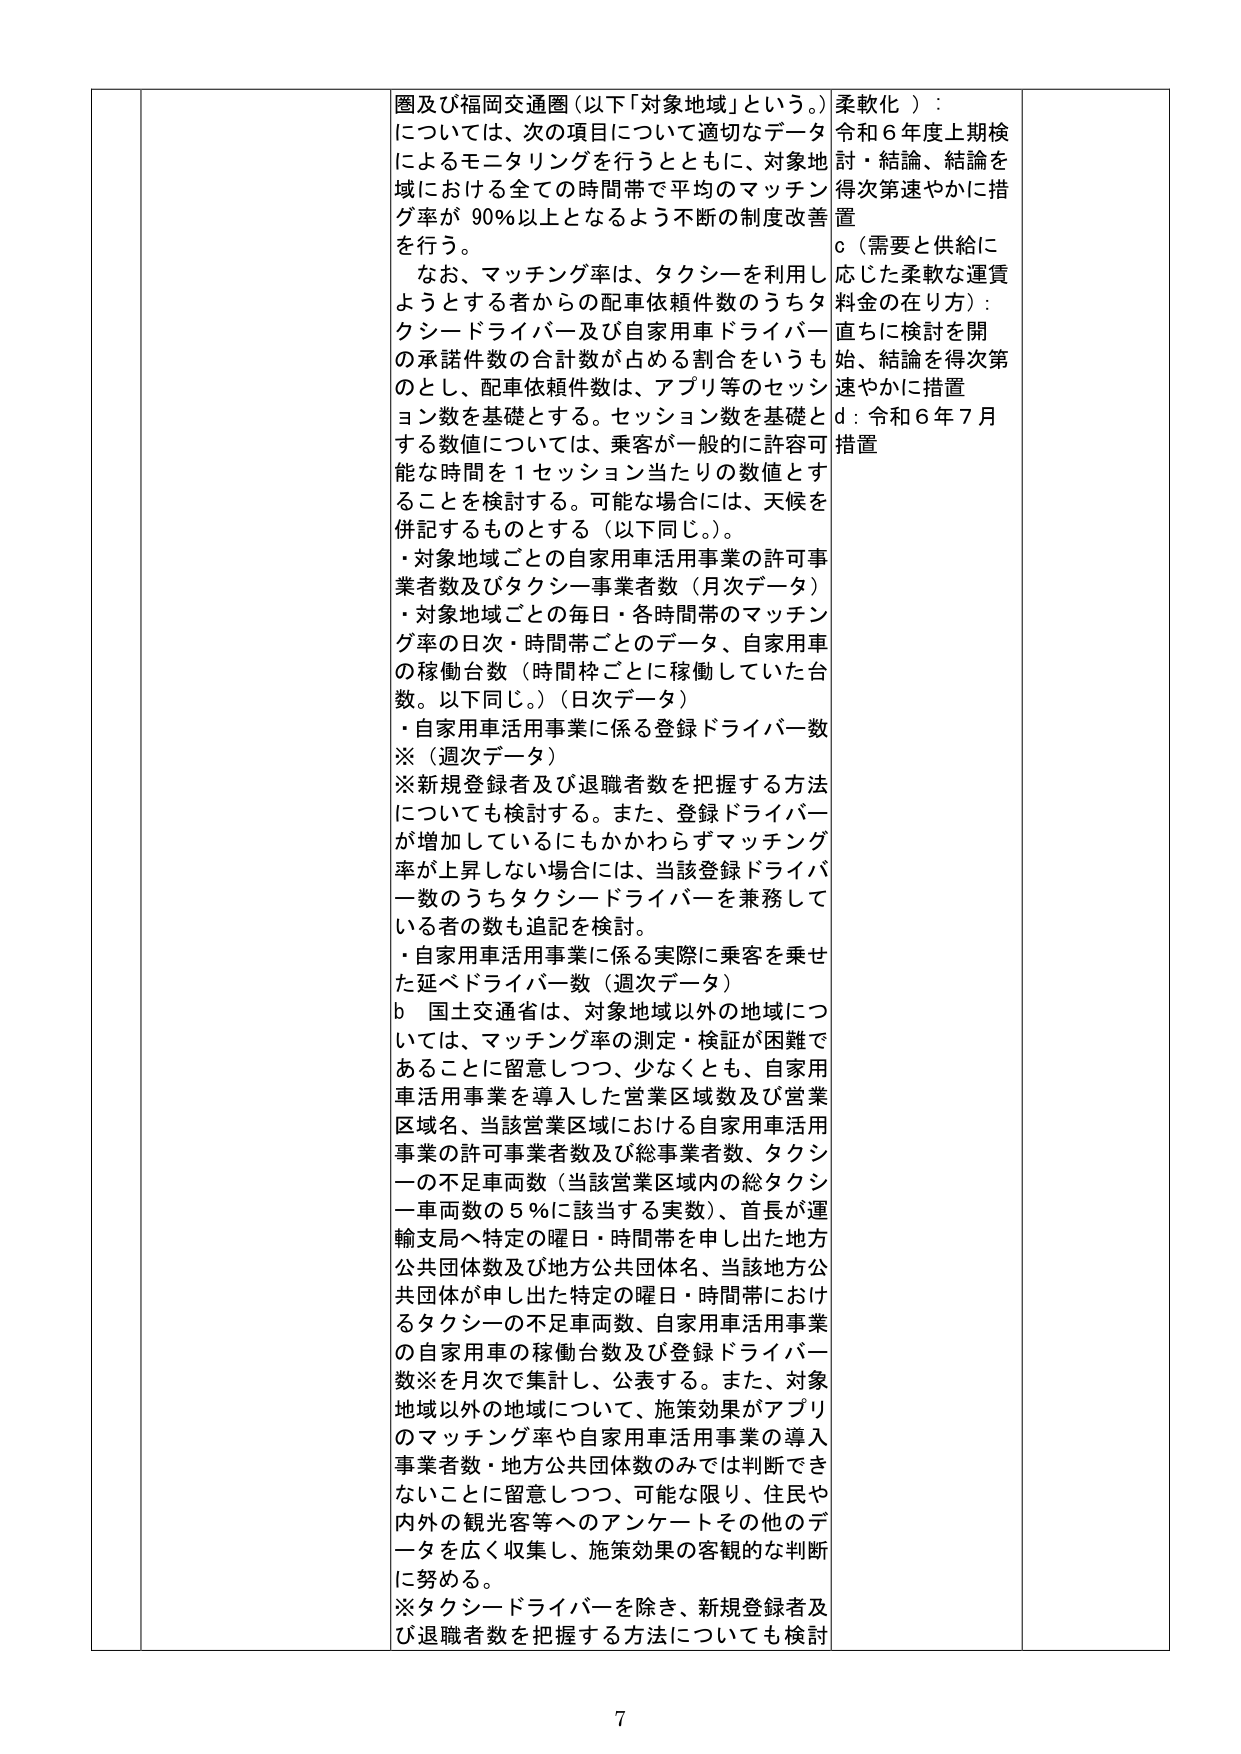
圏及び福岡交通圏（以下「対象地域」という。）については、次の項目について適切なデータによるモニタリングを行うとともに、対象地域における全ての時間帯で平均のマッチング率が 90％以上となるよう不断の制度改善を行う。

なお、マッチング率は、タクシーを利用しようとする者からの配車依頼件数のうちタクシードライバー及び自家用車ドライバーの承諾件数の合計数が占める割合をいうものとし、配車依頼件数は、アプリ等のセッション数を基礎とする。セッション数を基礎とする数値については、乗客が一般的に許容可能な時間を１セッション当たりの数値とすることを検討する。可能な場合には、天候を併記するものとする（以下同じ。）。

・対象地域ごとの自家用車活用事業の許可事業者数及びタクシー事業者数（月次データ）
・対象地域ごとの毎日・各時間帯のマッチング率の日次・時間帯ごとのデータ、自家用車の稼働台数（時間枠ごとに稼働していた台数。以下同じ。）（日次データ）
・自家用車活用事業に係る登録ドライバー数※（週次データ）
※新規登録者及び退職者数を把握する方法についても検討する。また、登録ドライバーが増加しているにもかかわらずマッチング率が上昇しない場合には、当該登録ドライバー数のうちタクシードライバーを兼務している者の数も追記を検討。
・自家用車活用事業に係る実際に乗客を乗せた延べドライバー数（週次データ）

b 国土交通省は、対象地域以外の地域については、マッチング率の測定・検証が困難であることに留意しつつ、少なくとも、自家用車活用事業を導入した営業区域数及び営業区域名、当該営業区域における自家用車活用事業の許可事業者数及び総事業者数、タクシーの不足車両数（当該営業区域内の総タクシー車両数の５％に該当する実数）、首長が運輸支局へ特定の曜日・時間帯を申し出た地方公共団体数及び地方公共団体名、当該地方公共団体が申し出した特定の曜日・時間帯におけるタクシーの不足車両数、自家用車活用事業の自家用車の稼働台数及び登録ドライバー数※を月次で集計し、公表する。また、対象地域以外の地域について、施策効果がアプリのマッチング率や自家用車活用事業の導入事業者数・地方公共団体数のみでは判断できないことに留意しつつ、可能な限り、住民や内外の観光客等へのアンケートその他のデータを広く収集し、施策効果の客観的な判断に努める。

※タクシードライバーを除き、新規登録者及び退職者数を把握する方法についても検討

柔軟化）：
令和６年度上期検討・結論、結論を得次第速やかに措置
c（需要と供給に応じた柔軟な運賃料金の在り方）：
直ちに検討を開始、結論を得次第速やかに措置
d：令和６年７月措置

7